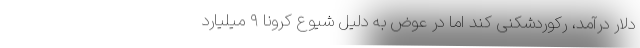
دلار درآمد، رکوردشکنی کند اما در عوض به دلیل شیوع کرونا ۹ میلیارد